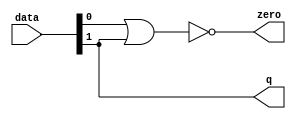
module  acl_fp_sitofp_altpriority_encoder_3e8
	( 
	data,
	q,
	zero) ;
	input   [1:0]  data;
	output   [0:0]  q;
	output   zero;
	assign
		q = {data[1]},
		zero = (~ (data[0] | data[1]));
endmodule